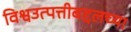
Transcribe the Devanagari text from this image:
विश्वउत्पत्तीबद्दलच्या